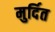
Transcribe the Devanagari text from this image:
मुर्दित